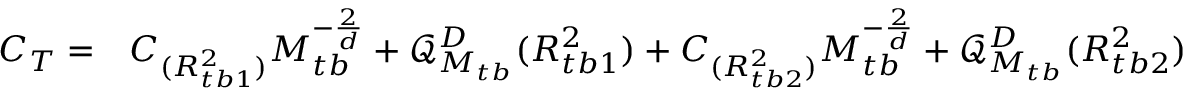
\begin{array} { r l } { C _ { T } = } & { { } C _ { ( { R _ { t b 1 } ^ { 2 } } ) } M _ { t b } ^ { - \frac { 2 } { d } } + \mathcal { Q } _ { M _ { t b } } ^ { D } ( R _ { t b 1 } ^ { 2 } ) + C _ { ( { R _ { t b 2 } ^ { 2 } } ) } M _ { t b } ^ { - \frac { 2 } { d } } + \mathcal { Q } _ { M _ { t b } } ^ { D } ( R _ { t b 2 } ^ { 2 } ) + C _ { ( | \nabla R _ { t b 1 } | ^ { 2 } ) } M _ { t b } ^ { - \frac { 2 } { d } } + \mathcal { Q } _ { M _ { t b } } ^ { D } ( | \nabla R _ { t b 1 } | ^ { 2 } ) } \end{array}